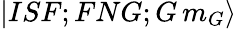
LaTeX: \begin{array}{r}{|ISF;FNG;G\, m_{G}\rangle}\end{array}